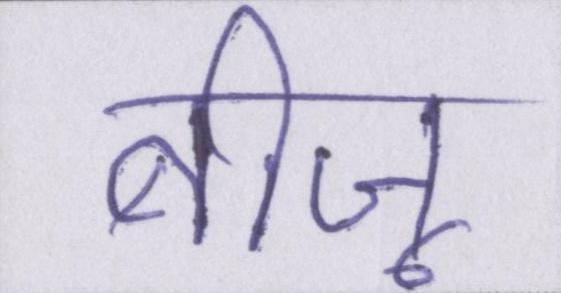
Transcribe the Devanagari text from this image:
बीजू